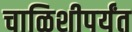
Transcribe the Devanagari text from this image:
चाळिशीपर्यंत